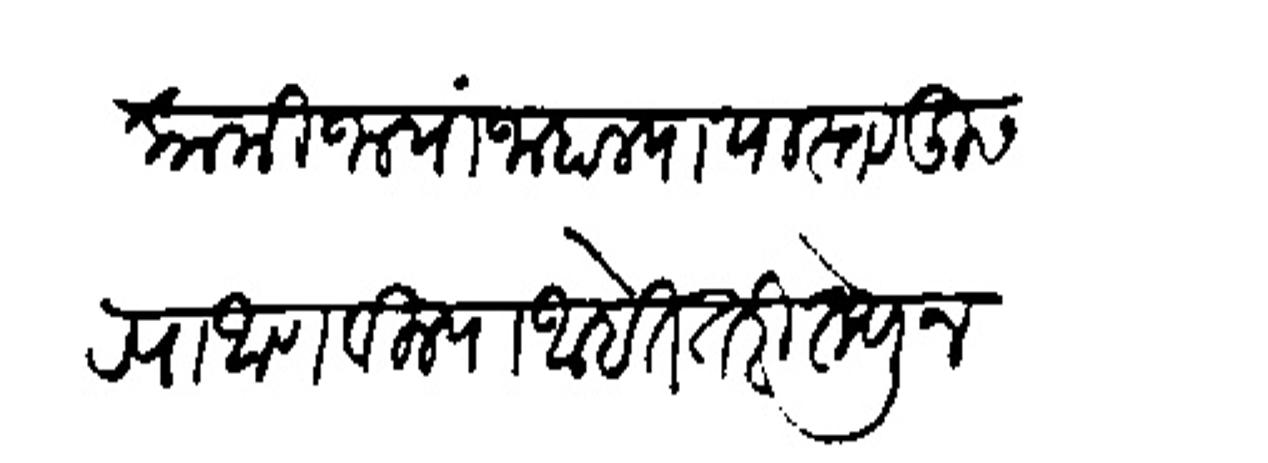
Transliteration (Devanagari): कामी जाया जाहाल्या यास्तव दुसऱ्या आणविल्या आहेत तरी तेथून